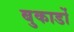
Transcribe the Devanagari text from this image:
बुकार्डो